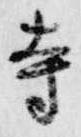
寺